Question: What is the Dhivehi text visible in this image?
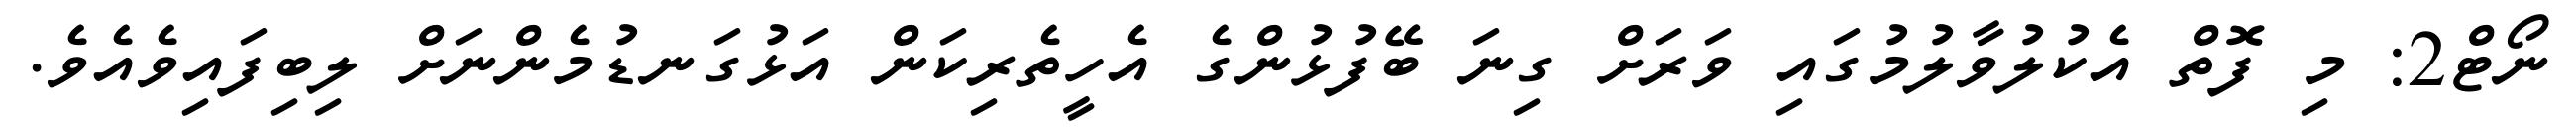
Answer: ނޯޓް2: މި ފޮތް އެކުލުވާލުމުގައި ވަރަށް ގިނަ ބޭފުޅުންގެ އެހީތެރިކަން އަޅުގަނޑުމެންނަށް ލިބިފައިވެއެވެ.